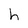
Character: h